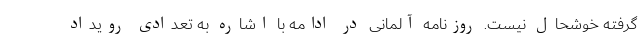
گرفته خوشحال نیست. روزنامه آلمانی در ادامه با اشاره به تعدادی رویداد